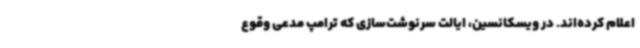
اعلام کرده‌اند. در ویسکانسین، ایالت سرنوشت‌سازی که ترامپ مدعی وقوع